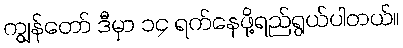
ကျွန်တော် ဒီမှာ ၁၄ ရက်နေဖို့ရည်ရွယ်ပါတယ်။